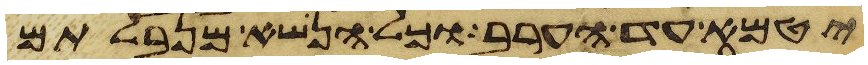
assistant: יטמא עד הערב וכל הנשא מנבלתם